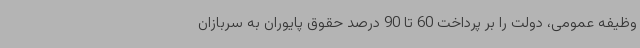
وظیفه عمومی، دولت را بر پرداخت 60 تا 90 درصد حقوق پایوران به سربازان